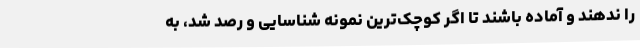
را ندهند و آماده باشند تا اگر کوچک‌ترین نمونه شناسایی و رصد شد، به